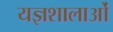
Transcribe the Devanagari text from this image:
यज्ञशालाओं